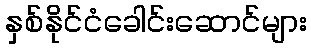
နှစ်နိုင်ငံခေါင်းဆောင်များ